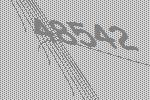
48542